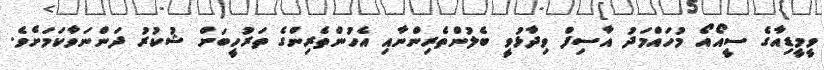
ވީމީޑިއާގެ ސީއޯއޯ މުހައްމަދު އާސިފް ވިދާޅުވީ ބެލުންތެރިންނާއި އެހުންތެރިންގެ ތަރުހީބަށް ޝުކުރު ދަންނަވާކަމަށެވެ.